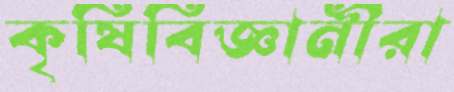
কৃষিবিজ্ঞানীরা